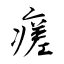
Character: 瘥